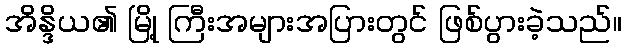
အိန္ဒိယ၏ မြို့ ကြီးအများအပြားတွင် ဖြစ်ပွားခဲ့သည်။